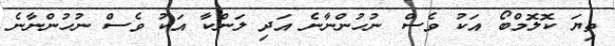
ތިޔަ ކޮލޮމްބޯ އަކު ވެސް ނުހުންނާނެ އަދި ލަންކާ އަކު ވެސް ނުހުންނާނެ